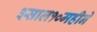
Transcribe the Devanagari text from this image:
३साल१०महीने